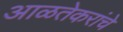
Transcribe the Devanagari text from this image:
आळतेकरांचे